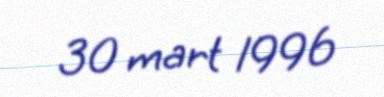
30 mart 1996